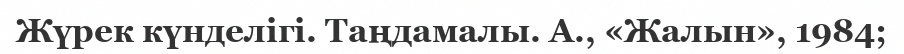
Жүрек күнделігі. Таңдамалы. А., «Жалын», 1984;